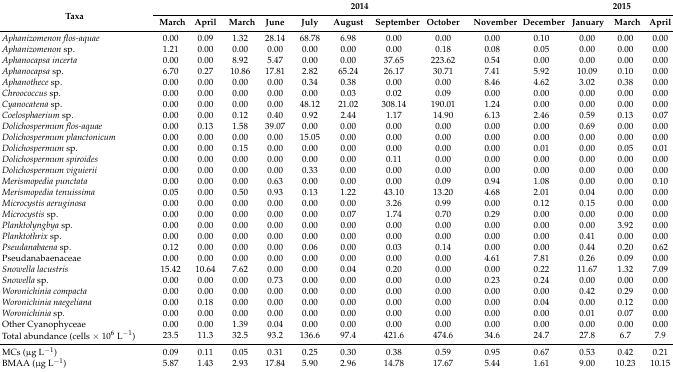
<table><thead><tr><td rowspan="2"><b>Taxa</b></td><td colspan="10"><b>2014</b></td><td colspan="3"><b>2015</b></td></tr><tr><td><b>March</b></td><td><b>April</b></td><td><b>March</b></td><td><b>June</b></td><td><b>July</b></td><td><b>August</b></td><td><b>September</b></td><td><b>October</b></td><td><b>November</b></td><td><b>December</b></td><td><b>January</b></td><td><b>March</b></td><td><b>April</b></td></tr></thead><tbody><tr><td><i>Aphanizomenon flos-aquae</i></td><td>0.00</td><td>0.09</td><td>1.32</td><td>28.14</td><td>68.78</td><td>6.98</td><td>0.00</td><td>0.00</td><td>0.00</td><td>0.10</td><td>0.00</td><td>0.00</td><td>0.00</td></tr><tr><td><i>Aphanizomenon</i> sp.</td><td>1.21</td><td>0.00</td><td>0.00</td><td>0.00</td><td>0.00</td><td>0.00</td><td>0.00</td><td>0.18</td><td>0.08</td><td>0.05</td><td>0.00</td><td>0.00</td><td>0.00</td></tr><tr><td><i>Aphanocapsa incerta</i></td><td>0.00</td><td>0.00</td><td>8.92</td><td>5.47</td><td>0.00</td><td>0.00</td><td>37.65</td><td>223.62</td><td>0.54</td><td>0.00</td><td>0.00</td><td>0.00</td><td>0.00</td></tr><tr><td><i>Aphanocapsa</i> sp.</td><td>6.70</td><td>0.27</td><td>10.86</td><td>17.81</td><td>2.82</td><td>65.24</td><td>26.17</td><td>30.71</td><td>7.41</td><td>5.92</td><td>10.09</td><td>0.10</td><td>0.00</td></tr><tr><td><i>Aphanothece</i> sp.</td><td>0.00</td><td>0.00</td><td>0.00</td><td>0.00</td><td>0.34</td><td>0.38</td><td>0.00</td><td>0.00</td><td>8.46</td><td>4.62</td><td>3.02</td><td>0.38</td><td>0.00</td></tr><tr><td><i>Chroococcus</i> sp.</td><td>0.00</td><td>0.00</td><td>0.00</td><td>0.00</td><td>0.00</td><td>0.03</td><td>0.02</td><td>0.09</td><td>0.00</td><td>0.00</td><td>0.00</td><td>0.00</td><td>0.00</td></tr><tr><td><i>Cyanocatena</i> sp.</td><td>0.00</td><td>0.00</td><td>0.00</td><td>0.00</td><td>48.12</td><td>21.02</td><td>308.14</td><td>190.01</td><td>1.24</td><td>0.00</td><td>0.00</td><td>0.00</td><td>0.00</td></tr><tr><td><i>Coelosphaerium</i> sp.</td><td>0.00</td><td>0.00</td><td>0.12</td><td>0.40</td><td>0.92</td><td>2.44</td><td>1.17</td><td>14.90</td><td>6.13</td><td>2.46</td><td>0.59</td><td>0.13</td><td>0.07</td></tr><tr><td><i>Dolichospermum flos-aquae</i></td><td>0.00</td><td>0.13</td><td>1.58</td><td>39.07</td><td>0.00</td><td>0.00</td><td>0.00</td><td>0.00</td><td>0.00</td><td>0.00</td><td>0.69</td><td>0.00</td><td>0.00</td></tr><tr><td><i>Dolichospermum planctonicum</i></td><td>0.00</td><td>0.00</td><td>0.00</td><td>0.00</td><td>15.05</td><td>0.00</td><td>0.00</td><td>0.00</td><td>0.00</td><td>0.00</td><td>0.00</td><td>0.00</td><td>0.00</td></tr><tr><td><i>Dolichospermum</i> sp.</td><td>0.00</td><td>0.00</td><td>0.15</td><td>0.00</td><td>0.00</td><td>0.00</td><td>0.00</td><td>0.00</td><td>0.00</td><td>0.01</td><td>0.00</td><td>0.05</td><td>0.01</td></tr><tr><td><i>Dolichospermum spiroides</i></td><td>0.00</td><td>0.00</td><td>0.00</td><td>0.00</td><td>0.00</td><td>0.00</td><td>0.11</td><td>0.00</td><td>0.00</td><td>0.00</td><td>0.00</td><td>0.00</td><td>0.00</td></tr><tr><td><i>Dolichospermum viguierii</i></td><td>0.00</td><td>0.00</td><td>0.00</td><td>0.00</td><td>0.33</td><td>0.00</td><td>0.00</td><td>0.00</td><td>0.00</td><td>0.00</td><td>0.00</td><td>0.00</td><td>0.00</td></tr><tr><td><i>Merismopedia punctata</i></td><td>0.00</td><td>0.00</td><td>0.00</td><td>0.63</td><td>0.00</td><td>0.00</td><td>0.00</td><td>0.09</td><td>0.94</td><td>1.08</td><td>0.00</td><td>0.00</td><td>0.10</td></tr><tr><td><i>Merismopedia tenuissima</i></td><td>0.05</td><td>0.00</td><td>0.50</td><td>0.93</td><td>0.13</td><td>1.22</td><td>43.10</td><td>13.20</td><td>4.68</td><td>2.01</td><td>0.04</td><td>0.00</td><td>0.00</td></tr><tr><td><i>Microcystis aeruginosa</i></td><td>0.00</td><td>0.00</td><td>0.00</td><td>0.00</td><td>0.00</td><td>0.00</td><td>3.26</td><td>0.99</td><td>0.00</td><td>0.12</td><td>0.15</td><td>0.00</td><td>0.00</td></tr><tr><td><i>Microcystis</i> sp.</td><td>0.00</td><td>0.00</td><td>0.00</td><td>0.00</td><td>0.00</td><td>0.07</td><td>1.74</td><td>0.70</td><td>0.29</td><td>0.00</td><td>0.00</td><td>0.00</td><td>0.00</td></tr><tr><td><i>Planktolyngbya</i> sp.</td><td>0.00</td><td>0.00</td><td>0.00</td><td>0.00</td><td>0.00</td><td>0.00</td><td>0.00</td><td>0.00</td><td>0.00</td><td>0.00</td><td>0.00</td><td>3.92</td><td>0.00</td></tr><tr><td><i>Planktothrix</i> sp.</td><td>0.00</td><td>0.00</td><td>0.00</td><td>0.00</td><td>0.00</td><td>0.00</td><td>0.00</td><td>0.00</td><td>0.00</td><td>0.00</td><td>0.41</td><td>0.00</td><td>0.00</td></tr><tr><td><i>Pseudanabaena</i> sp.</td><td>0.12</td><td>0.00</td><td>0.00</td><td>0.00</td><td>0.06</td><td>0.00</td><td>0.03</td><td>0.14</td><td>0.00</td><td>0.00</td><td>0.44</td><td>0.20</td><td>0.62</td></tr><tr><td>Pseudanabaenaceae</td><td>0.00</td><td>0.00</td><td>0.00</td><td>0.00</td><td>0.00</td><td>0.00</td><td>0.00</td><td>0.00</td><td>4.61</td><td>7.81</td><td>0.26</td><td>0.09</td><td>0.00</td></tr><tr><td><i>Snowella lacustris</i></td><td>15.42</td><td>10.64</td><td>7.62</td><td>0.00</td><td>0.00</td><td>0.04</td><td>0.20</td><td>0.00</td><td>0.00</td><td>0.22</td><td>11.67</td><td>1.32</td><td>7.09</td></tr><tr><td><i>Snowella</i> sp.</td><td>0.00</td><td>0.00</td><td>0.00</td><td>0.73</td><td>0.00</td><td>0.00</td><td>0.00</td><td>0.00</td><td>0.23</td><td>0.24</td><td>0.00</td><td>0.00</td><td>0.00</td></tr><tr><td><i>Woronichinia compacta</i></td><td>0.00</td><td>0.00</td><td>0.00</td><td>0.00</td><td>0.00</td><td>0.00</td><td>0.00</td><td>0.00</td><td>0.00</td><td>0.00</td><td>0.42</td><td>0.29</td><td>0.00</td></tr><tr><td><i>Woronichinia naegeliana</i></td><td>0.00</td><td>0.18</td><td>0.00</td><td>0.00</td><td>0.00</td><td>0.00</td><td>0.00</td><td>0.00</td><td>0.00</td><td>0.04</td><td>0.00</td><td>0.12</td><td>0.00</td></tr><tr><td><i>Woronichinia</i> sp.</td><td>0.00</td><td>0.00</td><td>0.00</td><td>0.00</td><td>0.00</td><td>0.00</td><td>0.00</td><td>0.00</td><td>0.00</td><td>0.00</td><td>0.01</td><td>0.07</td><td>0.00</td></tr><tr><td>Other Cyanophyceae</td><td>0.00</td><td>0.00</td><td>1.39</td><td>0.04</td><td>0.00</td><td>0.00</td><td>0.00</td><td>0.00</td><td>0.00</td><td>0.00</td><td>0.00</td><td>0.00</td><td>0.00</td></tr><tr><td>Total abundance (cells × 10<sup>6</sup> L<sup>−1</sup>)</td><td>23.5</td><td>11.3</td><td>32.5</td><td>93.2</td><td>136.6</td><td>97.4</td><td>421.6</td><td>474.6</td><td>34.6</td><td>24.7</td><td>27.8</td><td>6.7</td><td>7.9</td></tr><tr><td>MCs (μg L<sup>−1</sup>)</td><td>0.09</td><td>0.11</td><td>0.05</td><td>0.31</td><td>0.25</td><td>0.30</td><td>0.38</td><td>0.59</td><td>0.95</td><td>0.67</td><td>0.53</td><td>0.42</td><td>0.21</td></tr><tr><td>BMAA (μg L<sup>−1</sup>)</td><td>5.87</td><td>1.43</td><td>2.93</td><td>17.84</td><td>5.90</td><td>2.96</td><td>14.78</td><td>17.67</td><td>5.44</td><td>1.61</td><td>9.00</td><td>10.23</td><td>10.15</td></tr></tbody></table>